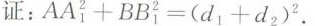
证：$$A A ^ { 2 } _ { 1 } + B B ^ { 2 } _ { 1 } = ( d _ { 1 } + d _ { 2 } )^ { 2 }$$